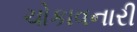
ચોકાવનારી